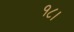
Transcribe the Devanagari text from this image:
१८।